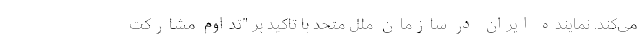
می‌کند. نماینده ایران در سازمان ملل متحد با تاکید بر "تداوم مشارکت